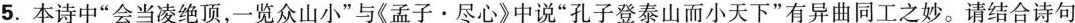
5.本诗中”会当凌绝顶，一览众山小”与《孟子·尽心》中说”孔子登泰山而小天下”有异曲同工之妙。请结合诗句